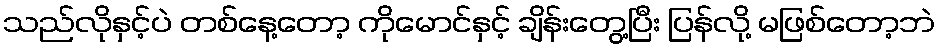
သည်လိုနှင့်ပဲ တစ်နေ့တော့ ကိုမောင်နှင့် ချိန်းတွေ့ပြီး ပြန်လို့ မဖြစ်တော့ဘဲ